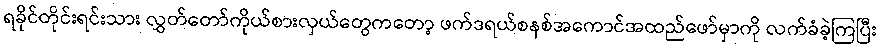
ရခိုင်တိုင်းရင်းသား လွှတ်တော်ကိုယ်စားလှယ်တွေကတော့ ဖက်ဒရယ်စနစ်အကောင်အထည်ဖော်မှာကို လက်ခံခဲ့ကြပြီး